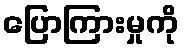
ပြောကြားမှုကို